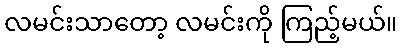
လမင်းသာတော့ လမင်းကို ကြည့်မယ်။